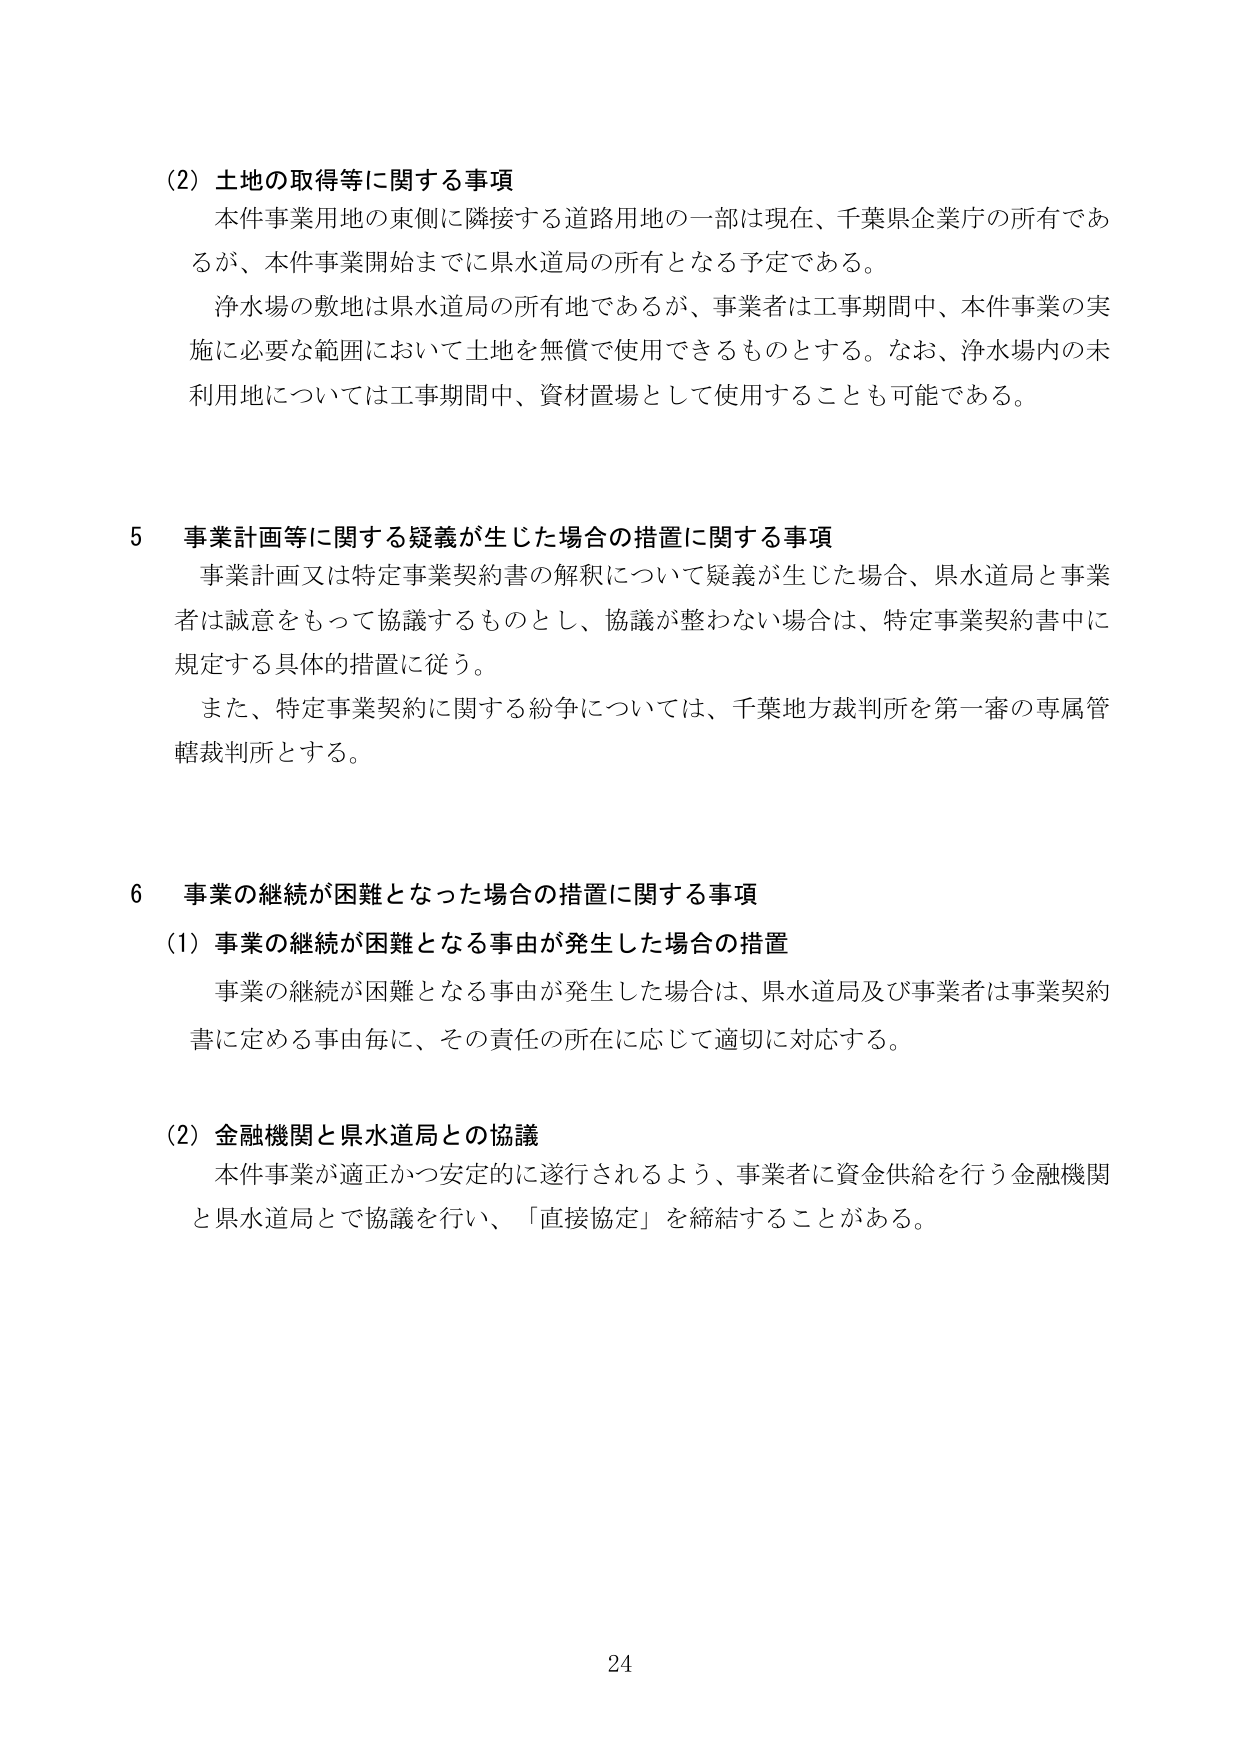
(2) 土地の取得等に関する事項
本件事業用地の東側に隣接する道路用地の一部は現在、千葉県企業庁の所有であるが、本件事業開始までに県水道局の所有となる予定である。
浄水場の敷地は県水道局の所有地であるが、事業者は工事期間中、本件事業の実施に必要な範囲において土地を無償で使用できるものとする。なお、浄水場内の未利用地については工事期間中、資材置場として使用することも可能である。

5 事業計画等に関する疑義が生じた場合の措置に関する事項
事業計画又は特定事業契約書の解釈について疑義が生じた場合、県水道局と事業者は誠意をもって協議するものとし、協議が整わない場合は、特定事業契約書中に規定する具体的措置に従う。
また、特定事業契約に関する紛争については、千葉地方裁判所を第一審の専属管轄裁判所とする。

6 事業の継続が困難となった場合の措置に関する事項
(1) 事業の継続が困難となる事由が発生した場合の措置
事業の継続が困難となる事由が発生した場合は、県水道局及び事業者は事業契約書に定める事由毎に、その責任の所在に応じて適切に対応する。

(2) 金融機関と県水道局との協議
本件事業が適正かつ安定的に遂行されるよう、事業者に資金供給を行う金融機関と県水道局とで協議を行い、「直接協定」を締結することがある。

24